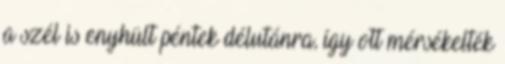
a szél is enyhült péntek délutánra, így ott mérsékelték